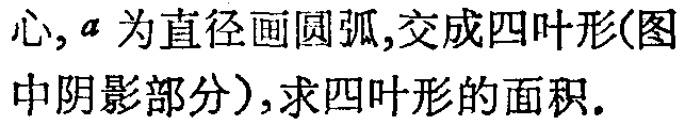
心,\(a\)为直径画圆弧,交成四叶形(图中阴影部分),求四叶形的面积.